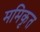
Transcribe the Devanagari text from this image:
ममिकृत